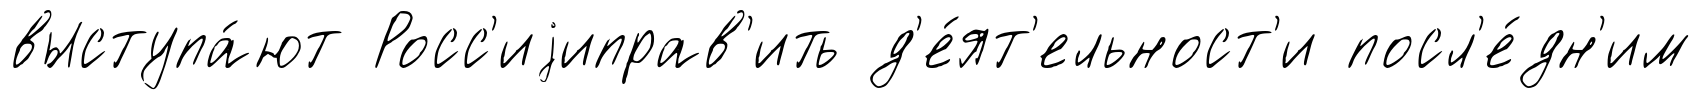
выступа́ют Росс'иjиправ'ить д'е́ят'ельност'и посл'е́дн'им